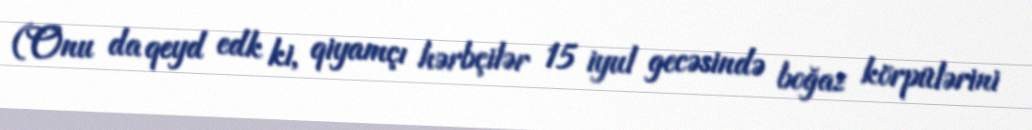
(Onu da qeyd edk ki, qiyamçı hərbçilər 15 iyul gecəsində boğaz körpülərini